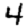
Digit: 4